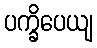
ပက္ခိပေယျ